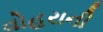
વોહરાની